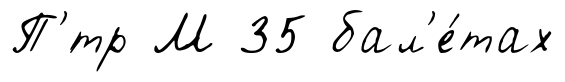
П'́тр М 35 бал'е́тах